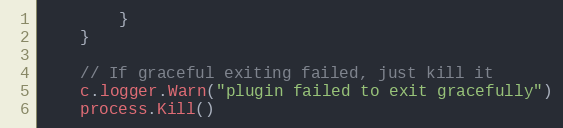
Language: Go
		}
	}

	// If graceful exiting failed, just kill it
	c.logger.Warn("plugin failed to exit gracefully")
	process.Kill()